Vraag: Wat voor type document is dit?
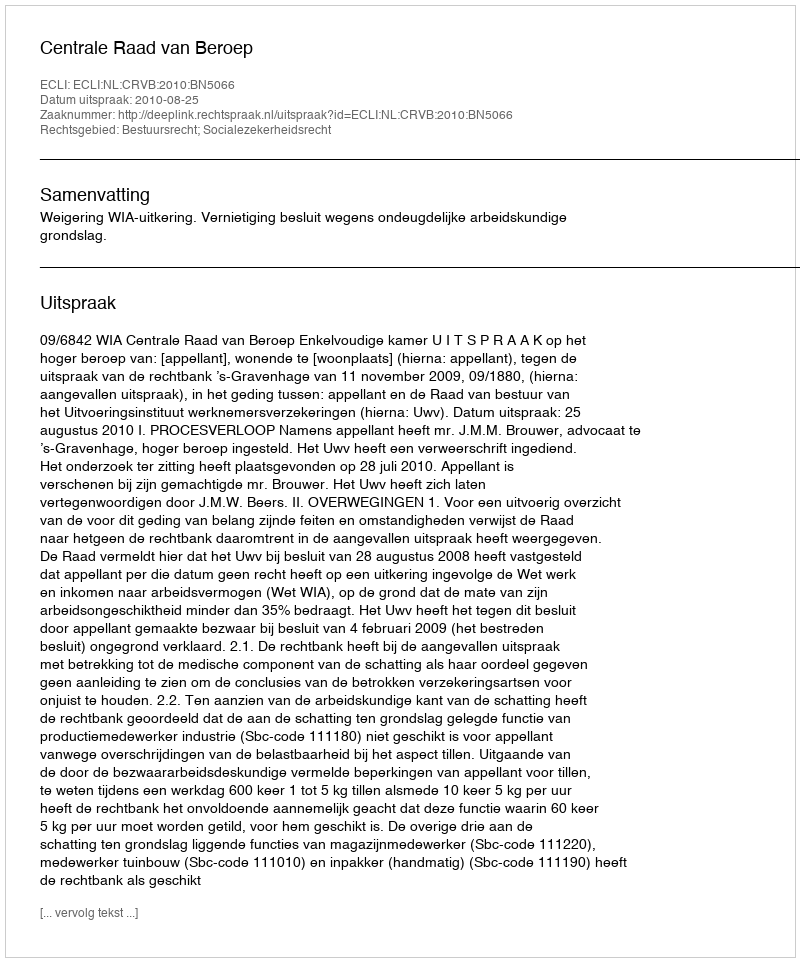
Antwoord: Uitspraak